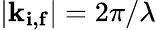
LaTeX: |\mathbf{k}_{\mathbf{i,f}}|=2\pi/\lambda